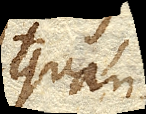
quan-